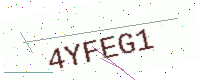
Text: 4YFEG1